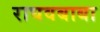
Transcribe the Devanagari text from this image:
राघवबाबा